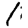
Digit: 1